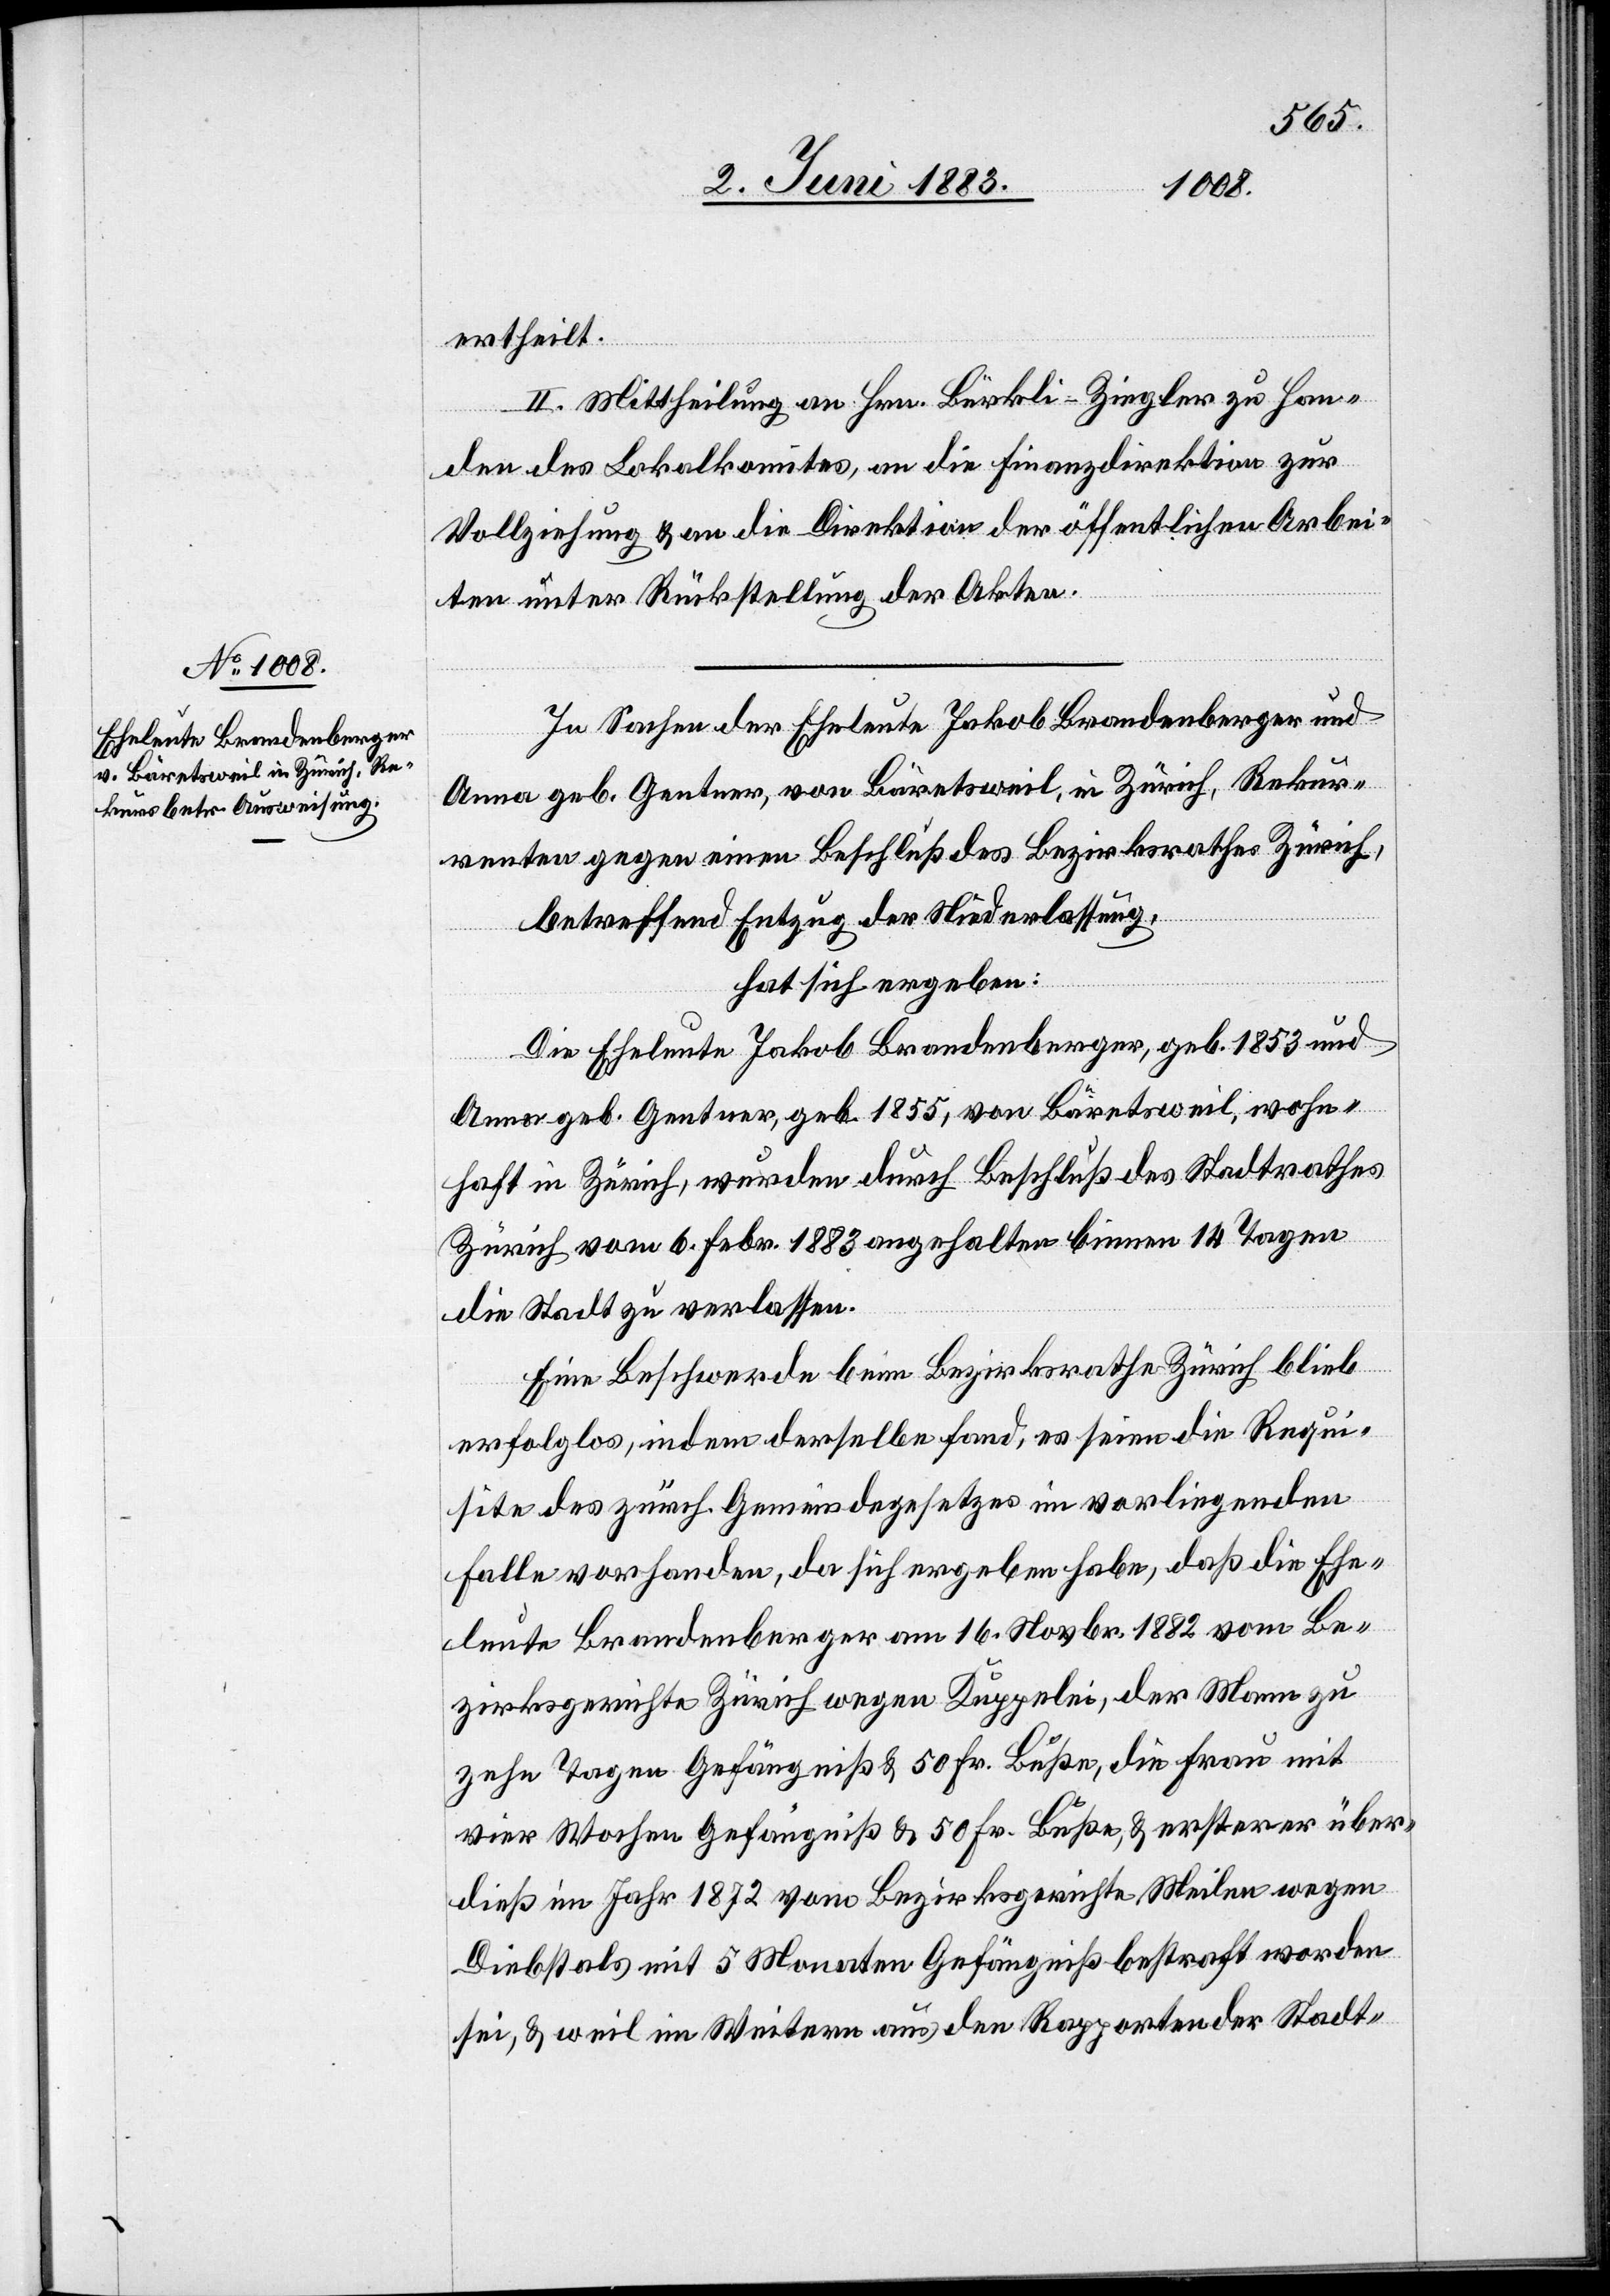
ertheilt.
II. Mittheilung an Hrn. Bürkli-Ziegler zu Han¬
den des Lokalkomites, an die Finanzdirektion zur
Vollziehung & an die Direktion der öffentlichen Arbei¬
ten unter Rückstellung der Akten.
In Sachen der Eheleute Jakob Brandenberger und
Anna geb. Gentner, von Bäretsweil, in Zürich, Rekur¬
renten gegen einen Beschluß des Bezirksrathes Zürich,
betreffend Entzug der Niederlassung,
hat sich ergeben:
Die Eheleute Jakob Brandenberger, geb. 1853 und
Anna geb. Gentner, geb. 1855, von Bäretsweil, wohn¬
haft in Zürich, werden durch Beschluß des Stadtrathes
Zürich, vom 6. Febr. 1883 angehalten binnen 14 Tagen
die Stadt zu verlassen.
Eine Beschwerde beim Bezirksrathe Zürich blieb
erfolglos, indem derselbe fand, es seien die Requi¬
site des zürch. Gemeindegesetzes im vorliegenden
Falle vorhanden, da sich ergeben habe, daß die Ehe¬
leute Brandenburger am 16. Novbr. 1882 vom Be¬
zirksgerichte Zürich wegen Kuppelei, der Mann zu
zehn Tagen Gefängniß & 50 Fr. Buße, die Frau mit
vier Wochen Gefängniß & 50 Fr. Buße, & ersterer über¬
dieß im Jahr 1872 vom Bezirksgerichte Meilen wegen
Diebstals mit 5 Monaten Gefängniß bestraft worden
sei, & weil im Weitern aus den Rapporten der Stadt-